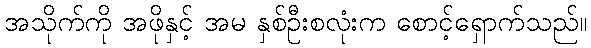
အသိုက်ကို အဖိုနှင့် အမ နှစ်ဦးစလုံးက စောင့်ရှောက်သည်။